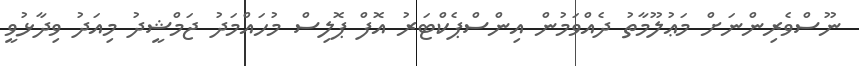
ނޫސްވެރިންނަށް މަޢުލޫމާތު ދެއްވަމުން އިންސްޕެކްޓަރު އޮފް ޕޮލިސް މުހައްމަދު ޖަމްޝީދު މިއަދު ވިދާޅުވީ